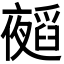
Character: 𭑁